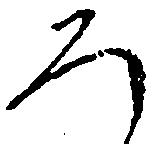
ろ